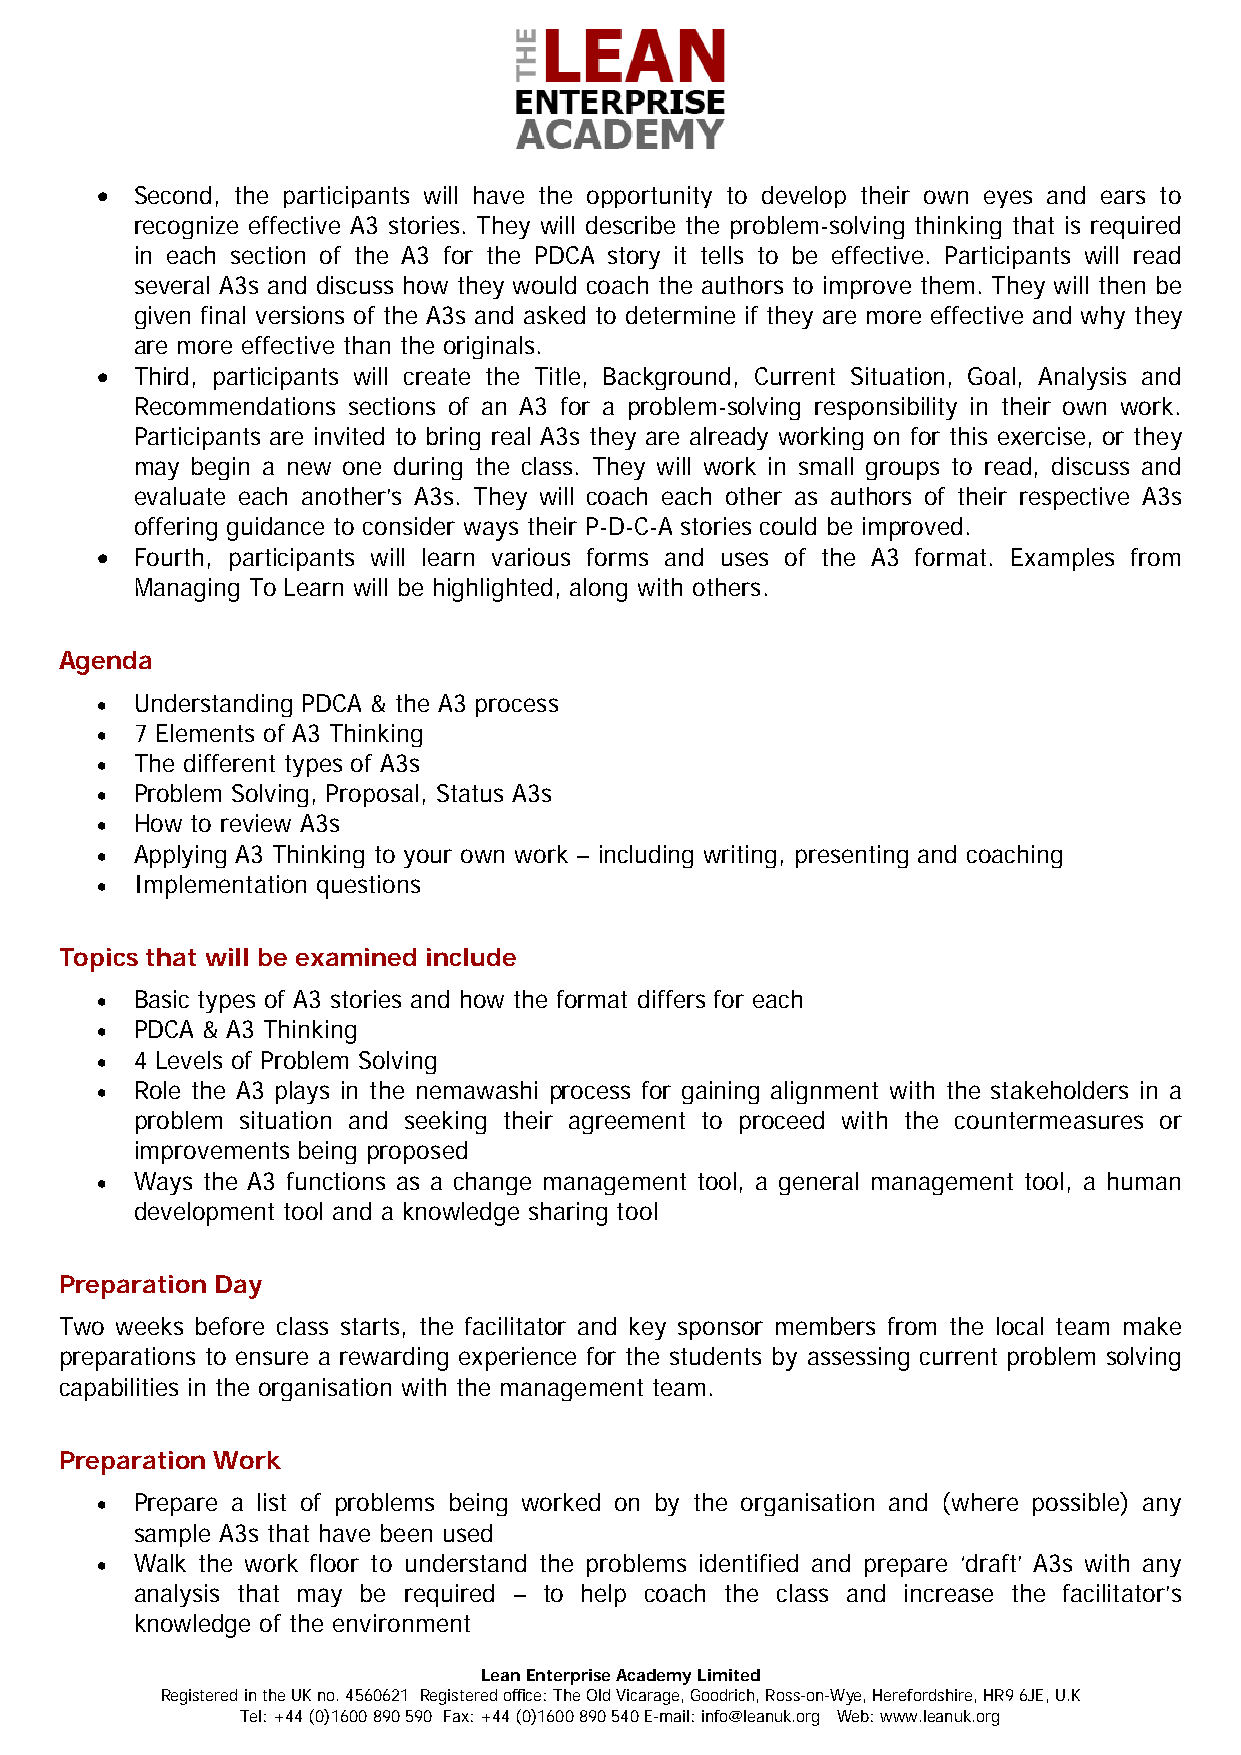
•  Second, the participants will have the opportunity to develop their own eyes and ears to
 recognize effective A3 stories. They will describe the problem-solving thinking that is required
 in each section of the A3 for the PDCA story it tells to be effective. Participants will read
 several A3s and discuss how they would coach the authors to improve them. They will then be
 given final versions of the A3s and asked to determine if they are more effective and why they
 are more effective than the originals.
 •  Third, participants will create the Title, Background, Current Situation, Goal, Analysis and
 Recommendations sections of an A3 for a problem-solving responsibility in their own work.
 Participants are invited to bring real A3s they are already working on for this exercise, or they
 may begin a new one during the class. They will work in small groups to read, discuss and
 evaluate each another’s A3s. They will coach each other as authors of their respective A3s
 offering guidance to consider ways their P-D-C-A stories could be improved.
 •  Fourth, participants will learn various forms and uses of the A3 format. Examples from
 Managing To Learn will be highlighted, along with others.
 Agenda
 •  Understanding PDCA & the A3 process
 •  7 Elements of A3 Thinking
 •  The different types of A3s
 •  Problem Solving, Proposal, Status A3s
 •  How to review A3s
 •  Applying A3 Thinking to your own work – including writing, presenting and coaching
 •  Implementation questions
 Topics that will be examined include
 •  Basic types of A3 stories and how the format differs for each
 •  PDCA & A3 Thinking
 •  4 Levels of Problem Solving
 •  Role the A3 plays in the nemawashi process for gaining alignment with the stakeholders in a
 problem situation and seeking their agreement to proceed with the countermeasures or
 improvements being proposed
 •  Ways the A3 functions as a change management tool, a general management tool, a human
 development tool and a knowledge sharing tool
 Preparation Day
 Two weeks before class starts, the facilitator and key sponsor members from the local team make
 preparations to ensure a rewarding experience for the students by assessing current problem solving
 capabilities in the organisation with the management team.
 Preparation Work
 •  Prepare a list of problems being worked on by the organisation and (where possible) any
 sample A3s that have been used
 •  Walk the work floor to understand the problems identified and prepare ‘draft’ A3s with any
 analysis that may be required – to help coach the class and increase the facilitator’s
 knowledge of the environment
 Lean Enterprise Academy Limited
 Registered in the UK no. 4560621 Registered office: The Old Vicarage, Goodrich, Ross-on-Wye, Herefordshire, HR9 6JE, U.K
 Tel: +44 (0)1600 890 590 Fax: +44 (0)1600 890 540 E-mail: info@leanuk.org Web: www.leanuk.org